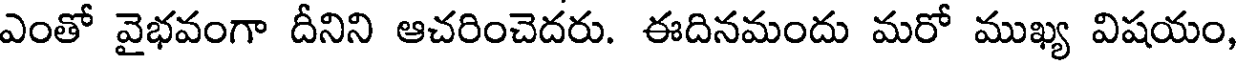
ఎంతో వైభవంగా దీనిని ఆచరించెదరు. ఈదినమందు మరో ముఖ్య విషయం,